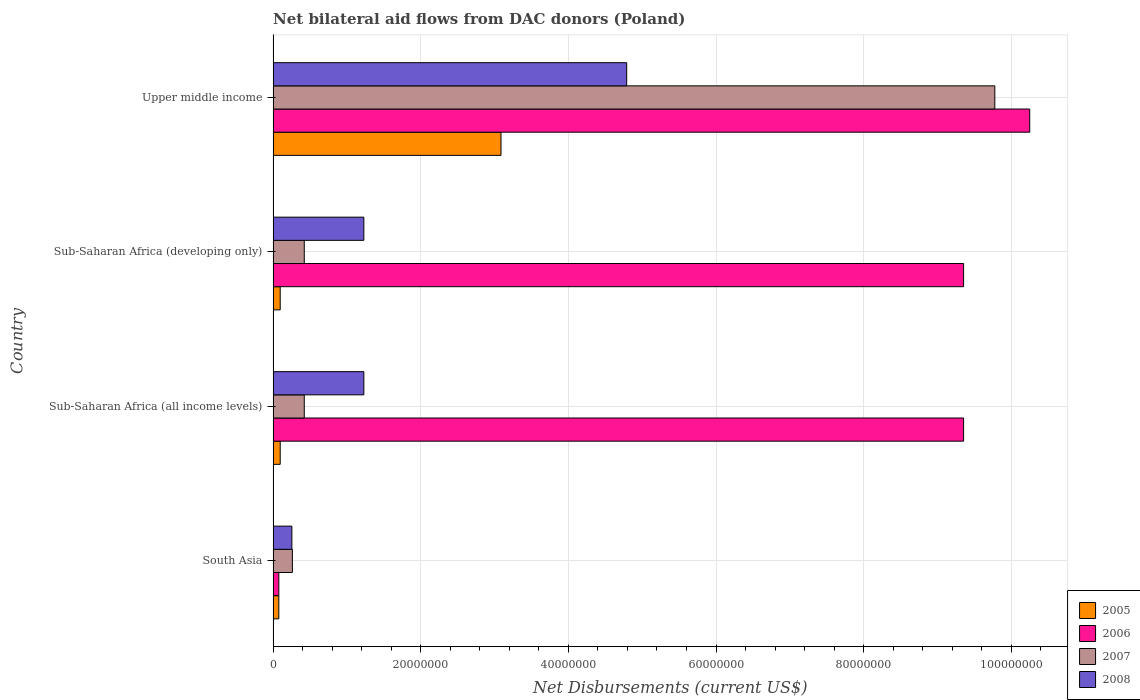
| Country | 2005 | 2006 | 2007 | 2008 |
 | --- | --- | --- | --- | --- |
 | South Asia | 7.7e+05 | 7.7e+05 | 2.61e+06 | 2.54e+06 |
 | Sub-Saharan Africa (all income levels) | 9.6e+05 | 9.35e+07 | 4.22e+06 | 1.23e+07 |
 | Sub-Saharan Africa (developing only) | 9.6e+05 | 9.35e+07 | 4.22e+06 | 1.23e+07 |
 | Upper middle income | 3.09e+07 | 1.02e+08 | 9.78e+07 | 4.79e+07 |